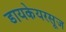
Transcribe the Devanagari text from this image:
डायकेयरसूज